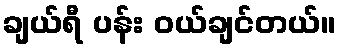
ချယ်ရီ ပန်း ဝယ်ချင်တယ်။